Vital statistics of India. Vol. IV, Annual returns from 1871 to 1876. British Army of India, Native Army and jails of Bengal
Year: 1871
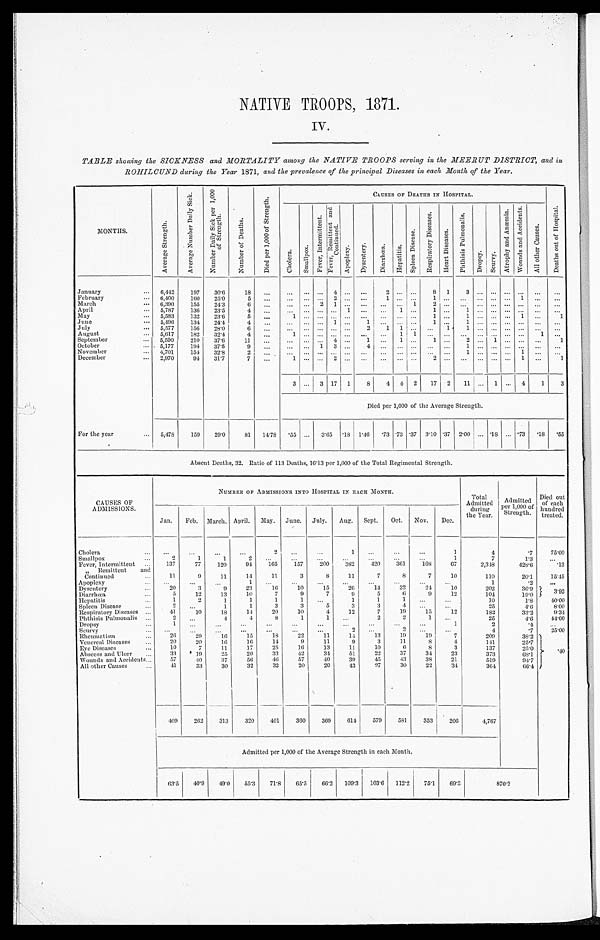
NATIVE TROOPS, 1871.
IV.
TABLE showing the SICKNESS and MORTALITY among the NATIVE TROOPS serving in the MEERUT DISTRICT, and in
ROHILCUND during the Year 1871, and the prevalence of the principal Diseases in each Month of the Year.
MONTHS.
A v e r a g e S t r e n g t h .
A v e r a g e N u m b e r D a i l y S i c k .
N u m b e r D a i l y S i c k p e r 1 , 0 0 0 o f S t r e n g t h .
N u m b e r o f D e a t h s .
D i e d p e r 1 , 0 0 0 o f S t r e n g t h .
CAUS ES OF DEATHS I N HOS P I TAL.
C h o l e r a . S m a l l p o x .
F e v e r , I n t e r m i t t e n t .
F e v e r , R e m i t t e n t a n d C o n i t n u e d .
A p o p l e x y .
D y s e n t e r y .
D i a r r h œ a . H e p a t i t i s .
S p l e e n D i s e a s e s .
R e s p i r a t o r y D i s e a s e s .
H e a r t D i s e a s e s .
P h t h i s i s P u l m o n a l i s .
D r o p s y .
S c u r v y .
A t r o p h y a n d A n æ m i a .
W o u n d s a n d A c c i d e n t s .
A l l o t h e r C a u s e s .
D e a t h s o u t o f H o s p i t a l .
January
6,412
197
3 0 . 6
18
...
... . . . ...
4
. . .
. . .
2
. . . . . .
8 1
3
. . . . . . . . . . . . ... ...
February
6, 400 160
25.0
5 ...
... . . . ...
2 . . .
. . .
1
. . . . . .
1 . . .
. . . . . . . . . . . . 1 ... ...
March
6,390
155
24.3
6
. . . ... . . . 2 1
. . .
. . .
...
... 1
2
. . .
. . . . . . . . . . . . . . . ... ...
April
5,787
136
23.5
4 ...
... . . . ...
. . . 1
. . .
...
1
. . . 1
. . .
1 . . . . . . . . . . . .
. . .
...
May
5,583
132
23.6
5 ...
1
. . . ...
. . . . . .
. . . ... ... ...
1 . . .
1 . . . . . . ... 1 ...
1
June
5,496 134 24.4
4 ...
... . . . ... 1
. . . 1 ... ... ...
1
. . . 1 ...
. . . ... ... ... ...
J uly
5,577
156
28.0
6
...
... ... ... ... ...
2 1
1 . . .
. . . 1
1 . . . . . . . . . . . .
. . . ...
August
5,617
182
32.4
4
. . .
1 ... ... ... ... ...
... 1 1 ... ... ... ... ... ... ...
1 ...
September
5,590
210
37.6
11 ... ...
. . . ... 4 . . .
1 .... 1 . . . 1
. . . 2
. . . 1 . . . . . . . ...
1
October
5,177
194
37.5
9 ... ... ... 1 3 . . .
4 ...
. . . . . .
. . . ... 1
. . . . . . . . . . . . ... ...
November
4,701
154 32.8
2
...
... ... ... ... ... ... ... ... ... ... ... ...
. . . . . . . . . 1
. . .
...
December
2,970
94
31.7
7 ...
1
. . . ...
2 . . .
. . . ...
. . . . . . 2
. . . ...
. . .
. . . . . . 1 ...
1
3 ... 3 17 1
8
4 4 2
1 7 2 11 ... 1 ... 4
1
3
Died per 1,000 of the Average Strength.
For the year
5,478
159
29.0
81 14.78
. 5 5 ... 3.65 .18 1.46
. 73 . 7 3 .37 3.10 .37 2.00 ... .18 ... .73
. 18 .55
Absent Deaths, 32. Ratio of 113 Deaths, 16.13 per 1,000 of the Total Regimental Strength.
CAUSES OF
ADMISSIONS.
NUMBER OF ADMISSIONS INTO HOSPITAL IN EACH MONTH.
Total
Admitted
during
the Year.
Admitted
per 1,000 of
Strength.
Died out
of each
hundred
treated.
Jan. Feb. March. April. May. June. July. Aug. Sept. Oct. Nov. Dec.
Cholera
...
. . .
...
. . .
2
. . .
. . .
1
. . . . . .
. . .
1
4
.7
75. 00
Smallpox
2
1
1
2
. . . ...
...
...
...
. . .
. . .
1
7
1 . 3
. . .
Fever, Intermittent
137
77
120
94
165
157
200
382 420
361
168
67
2,348
428.6
.13
" Remittent and
Continued
11
9
11
14
11
3
8
11
7
8
7
10
110
20.1
15. 45
Apoplexy
. . . ...
...
1
...
. . .
. . .
. . .
. . .
...
...
...
1
.2
...
Dysentery
20
3
9
23
16
10
15
26
14
32
2 4
10
202
36.9
3. 92
Diarrhœa
5
12
13
10
7
9
7
9
5
6
9
12
104
19.0
Hepatitis
1
2
1
1
1
1 ...
1
1
1
. . .
. . .
10
1.8
4 0 . 0 0
Spleen Disease
2
. . .
1
1
3
3
5
3
3
4
. . .
. . .
25
4.6
8. 00
Respiratory Diseases
41
10
18
11
20
10
4
12
7
19
15
12
182
33.2
9.34
Phthisis Pulmonalis
2 ...
4
4
8
1
1
. . .
2
2
1
. . .
25
4.6
44. 00
Dropsy
1
. . .
. . .
. . .
. . .
. . .
. . .
. . .
. . . ...
. . .
1
2
. 4
. . .
Scurvy
. . .
. . .
. . .
. . .
. . .
. . .
. . .
2
. . .
2
. . .
...
4
.7
25. 00
Rheumatism
26
29
16
1 5
1 8
22
1 1
1 4
1 3
19
19
7
209
38.2
. 4 0
Venereal Diseases
20
20
16
16
14
9
11
9
3
11
8
4
141
25.7
Eye Diseases
10
7
11
17
25
16
13
11
10
6
8
3
137
2 5 . 0
Abscess and Ulcer
33
19
25
20
33
42
34
51
22
37
34
23
373
68.1
Wounds and Accidents
57
40
37
56
46
57
40
39
45
43
38
21
519
94.7
All other Causes
41
33
30
32
32
20
20
43
97
30
29
34
364
66.4
409
262
313
320
401
360
369
614
579
581
353
2 0 6
4,767
Admitted per 1,000 of the Average Strength in each Month.
63.5 40.9 49.0 55.3 71.8 65.5 66.2 109.3 103.6 112.2 75.1 69.3
8 7 0 . 2